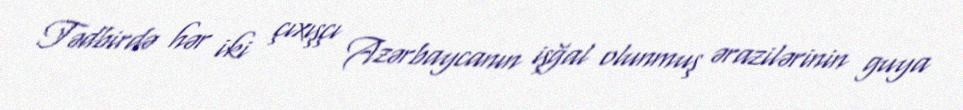
Tədbirdə hər iki çıxışçı Azərbaycanın işğal olunmuş ərazilərinin guya